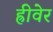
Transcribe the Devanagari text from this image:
ह्रीवेर